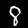
Digit: 8